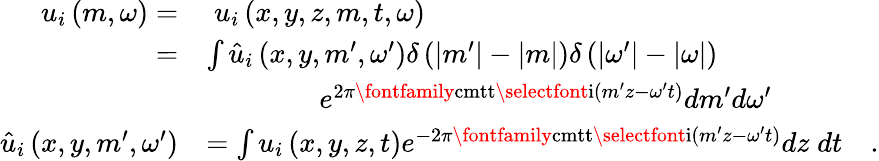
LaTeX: \begin{array}{rl}{u_{i}\left(m,\omega\right)=}&{\; u_{i}\left(x,y,z,m,t,\omega\right)}\\ {=}&{\int\hat{u}_{i}\left(x,y,m^{\prime},\omega^{\prime}\right)\delta\left(|m^{\prime}|-|m|\right)\delta\left(|\omega^{\prime}|-|\omega|\right)}\\ &{\qquad\qquad e^{2\pi\textrm{\fontfamily{cmtt}\selectfont i}(m^{\prime}z-\omega^{\prime}t)}dm^{\prime}d\omega^{\prime}}\\ {\hat{u}_{i}\left(x,y,m^{\prime},\omega^{\prime}\right)}&{=\int u_{i}\left(x,y,z,t\right)e^{-2\pi\textrm{\fontfamily{cmtt}\selectfont i}\left(m^{\prime}z-\omega^{\prime}t\right)}dz\; dt\quad\textrm{.}}\end{array}